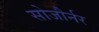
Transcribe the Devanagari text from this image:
सोजौर्नर